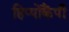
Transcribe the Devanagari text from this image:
हिप्पोकैंपी